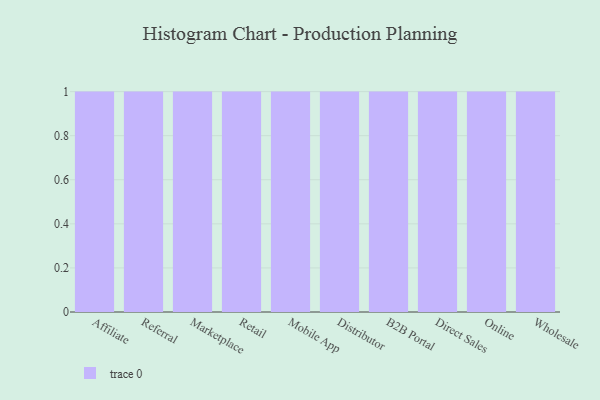
{"axis": {"x": "Channel", "y": "Production Output"}, "legend": [""], "data": [{"x": "Affiliate", "y": 40, "type": ""}, {"x": "Referral", "y": 75, "type": ""}, {"x": "Marketplace", "y": 74, "type": ""}, {"x": "Retail", "y": 82, "type": ""}, {"x": "Mobile App", "y": 69, "type": ""}, {"x": "Distributor", "y": 13, "type": ""}, {"x": "B2B Portal", "y": 21, "type": ""}, {"x": "Direct Sales", "y": 39, "type": ""}, {"x": "Online", "y": 4, "type": ""}, {"x": "Wholesale", "y": 42, "type": ""}]}